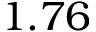
1 . 7 6